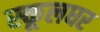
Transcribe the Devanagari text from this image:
स्कूलघर